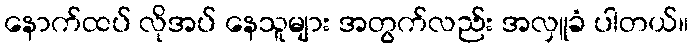
နောက်ထပ် လိုအပ် နေသူများ အတွက်လည်း အလှူခံ ပါတယ်။